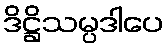
ဒိဋ္ဌိသမ္ပဒါပေ